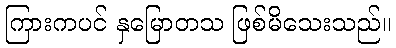
ကြားကပင် နှမြောတသ ဖြစ်မိသေးသည်။